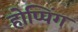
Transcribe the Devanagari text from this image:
होप्पिंग